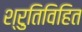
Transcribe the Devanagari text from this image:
श्रुतिविहित